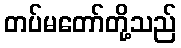
တပ်မတော်တို့သည်